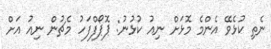
ނެތި ކުޅެވޭ އެންމެ މޮޅަށް ނިއު ކުޅުނު: ޕޮޕޯފްފަހު މެޗުން ނިއު އަށް